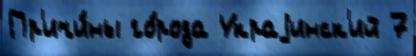
Пр'ичи́ны го́рода Украjинск'ий 7